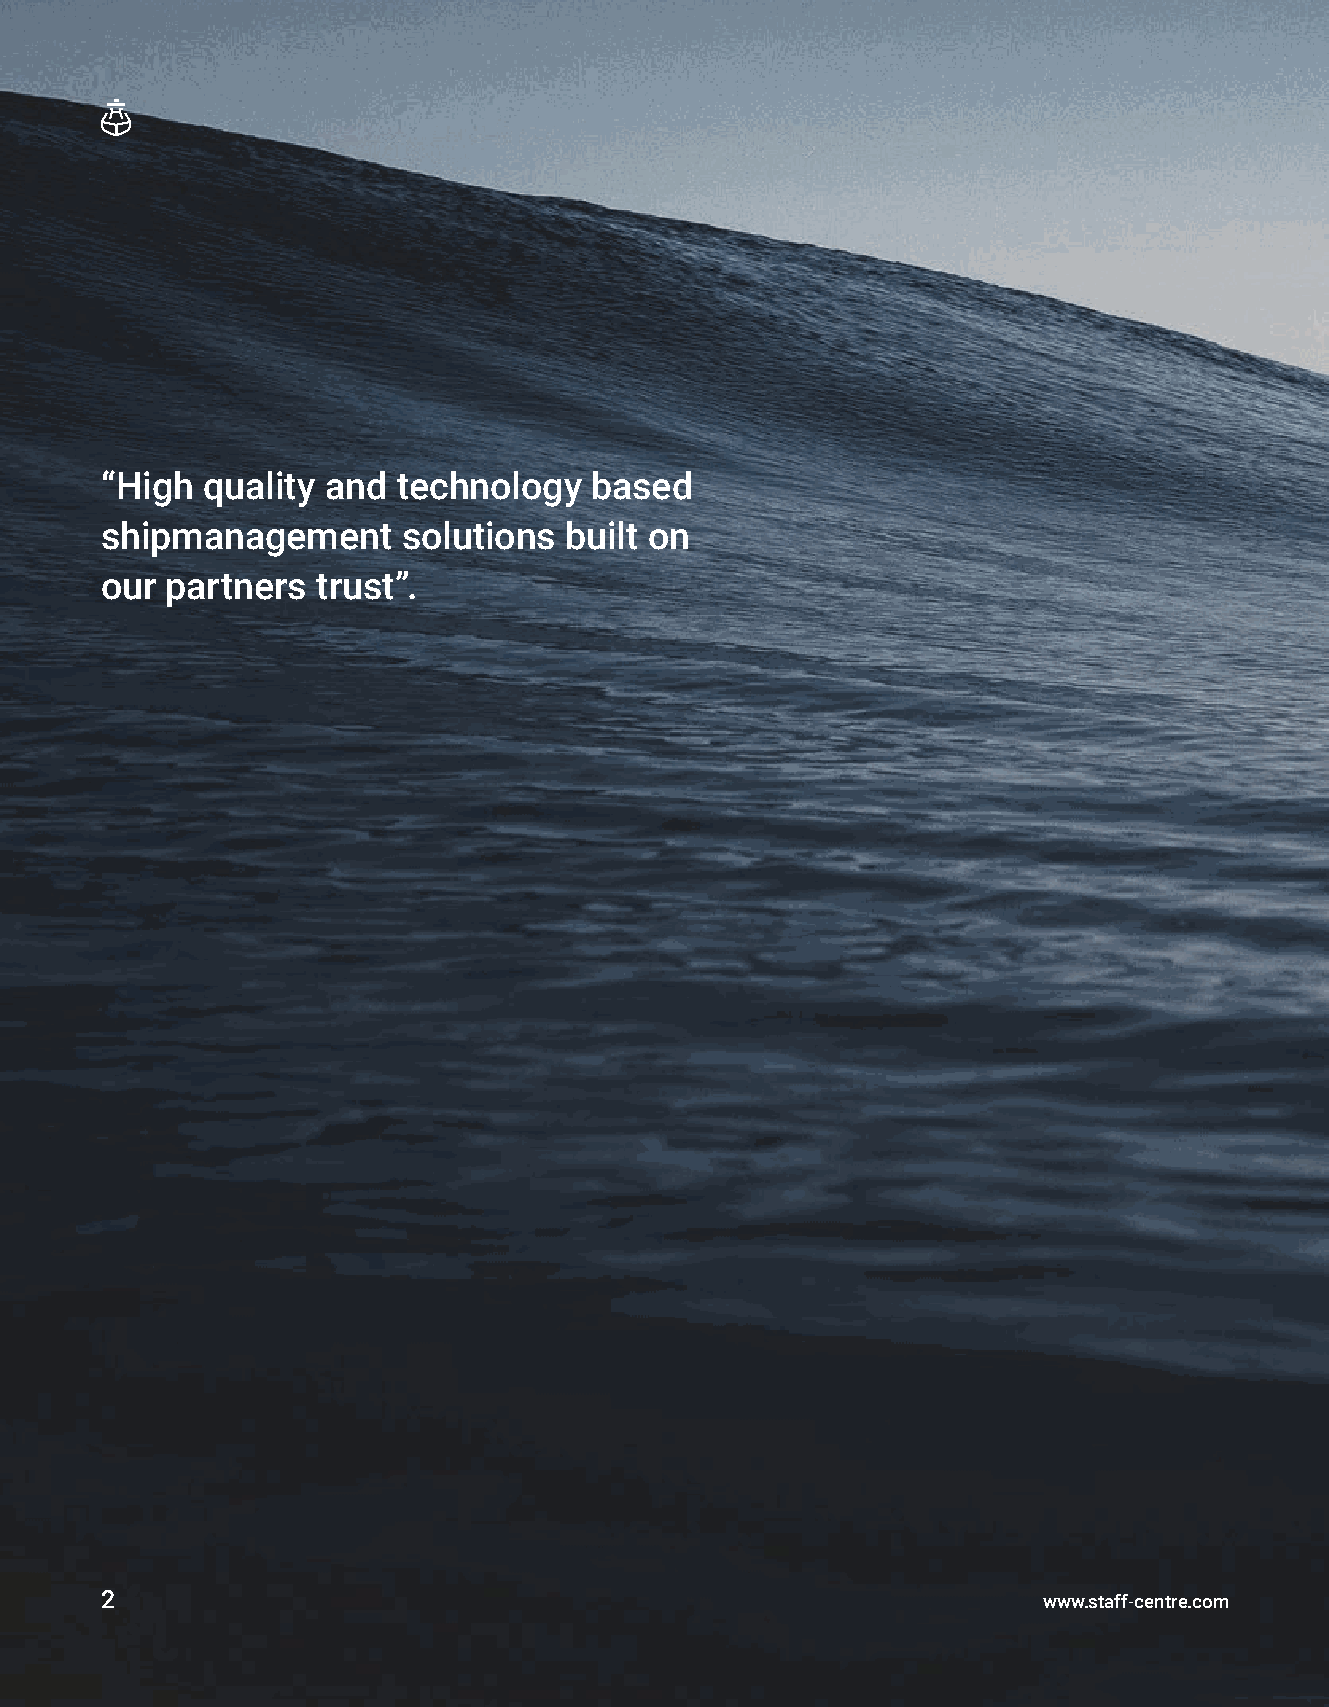
“High quality  and technology   based
 shipmanagement      solutions built on
 our partners  trust”.
 2                                                             www.staff-centre.com